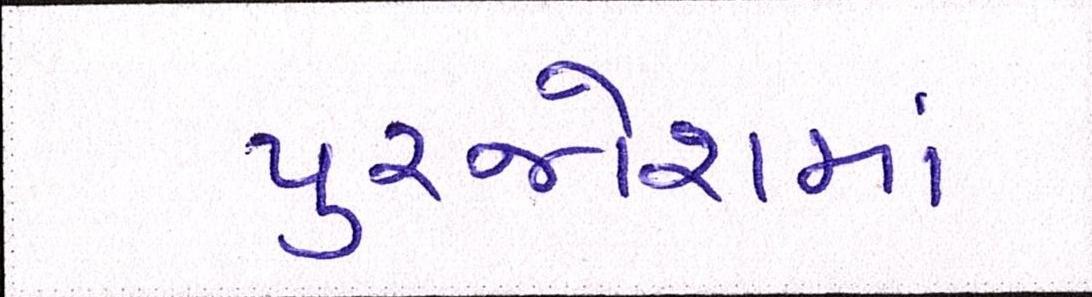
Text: પુરજોશમાં